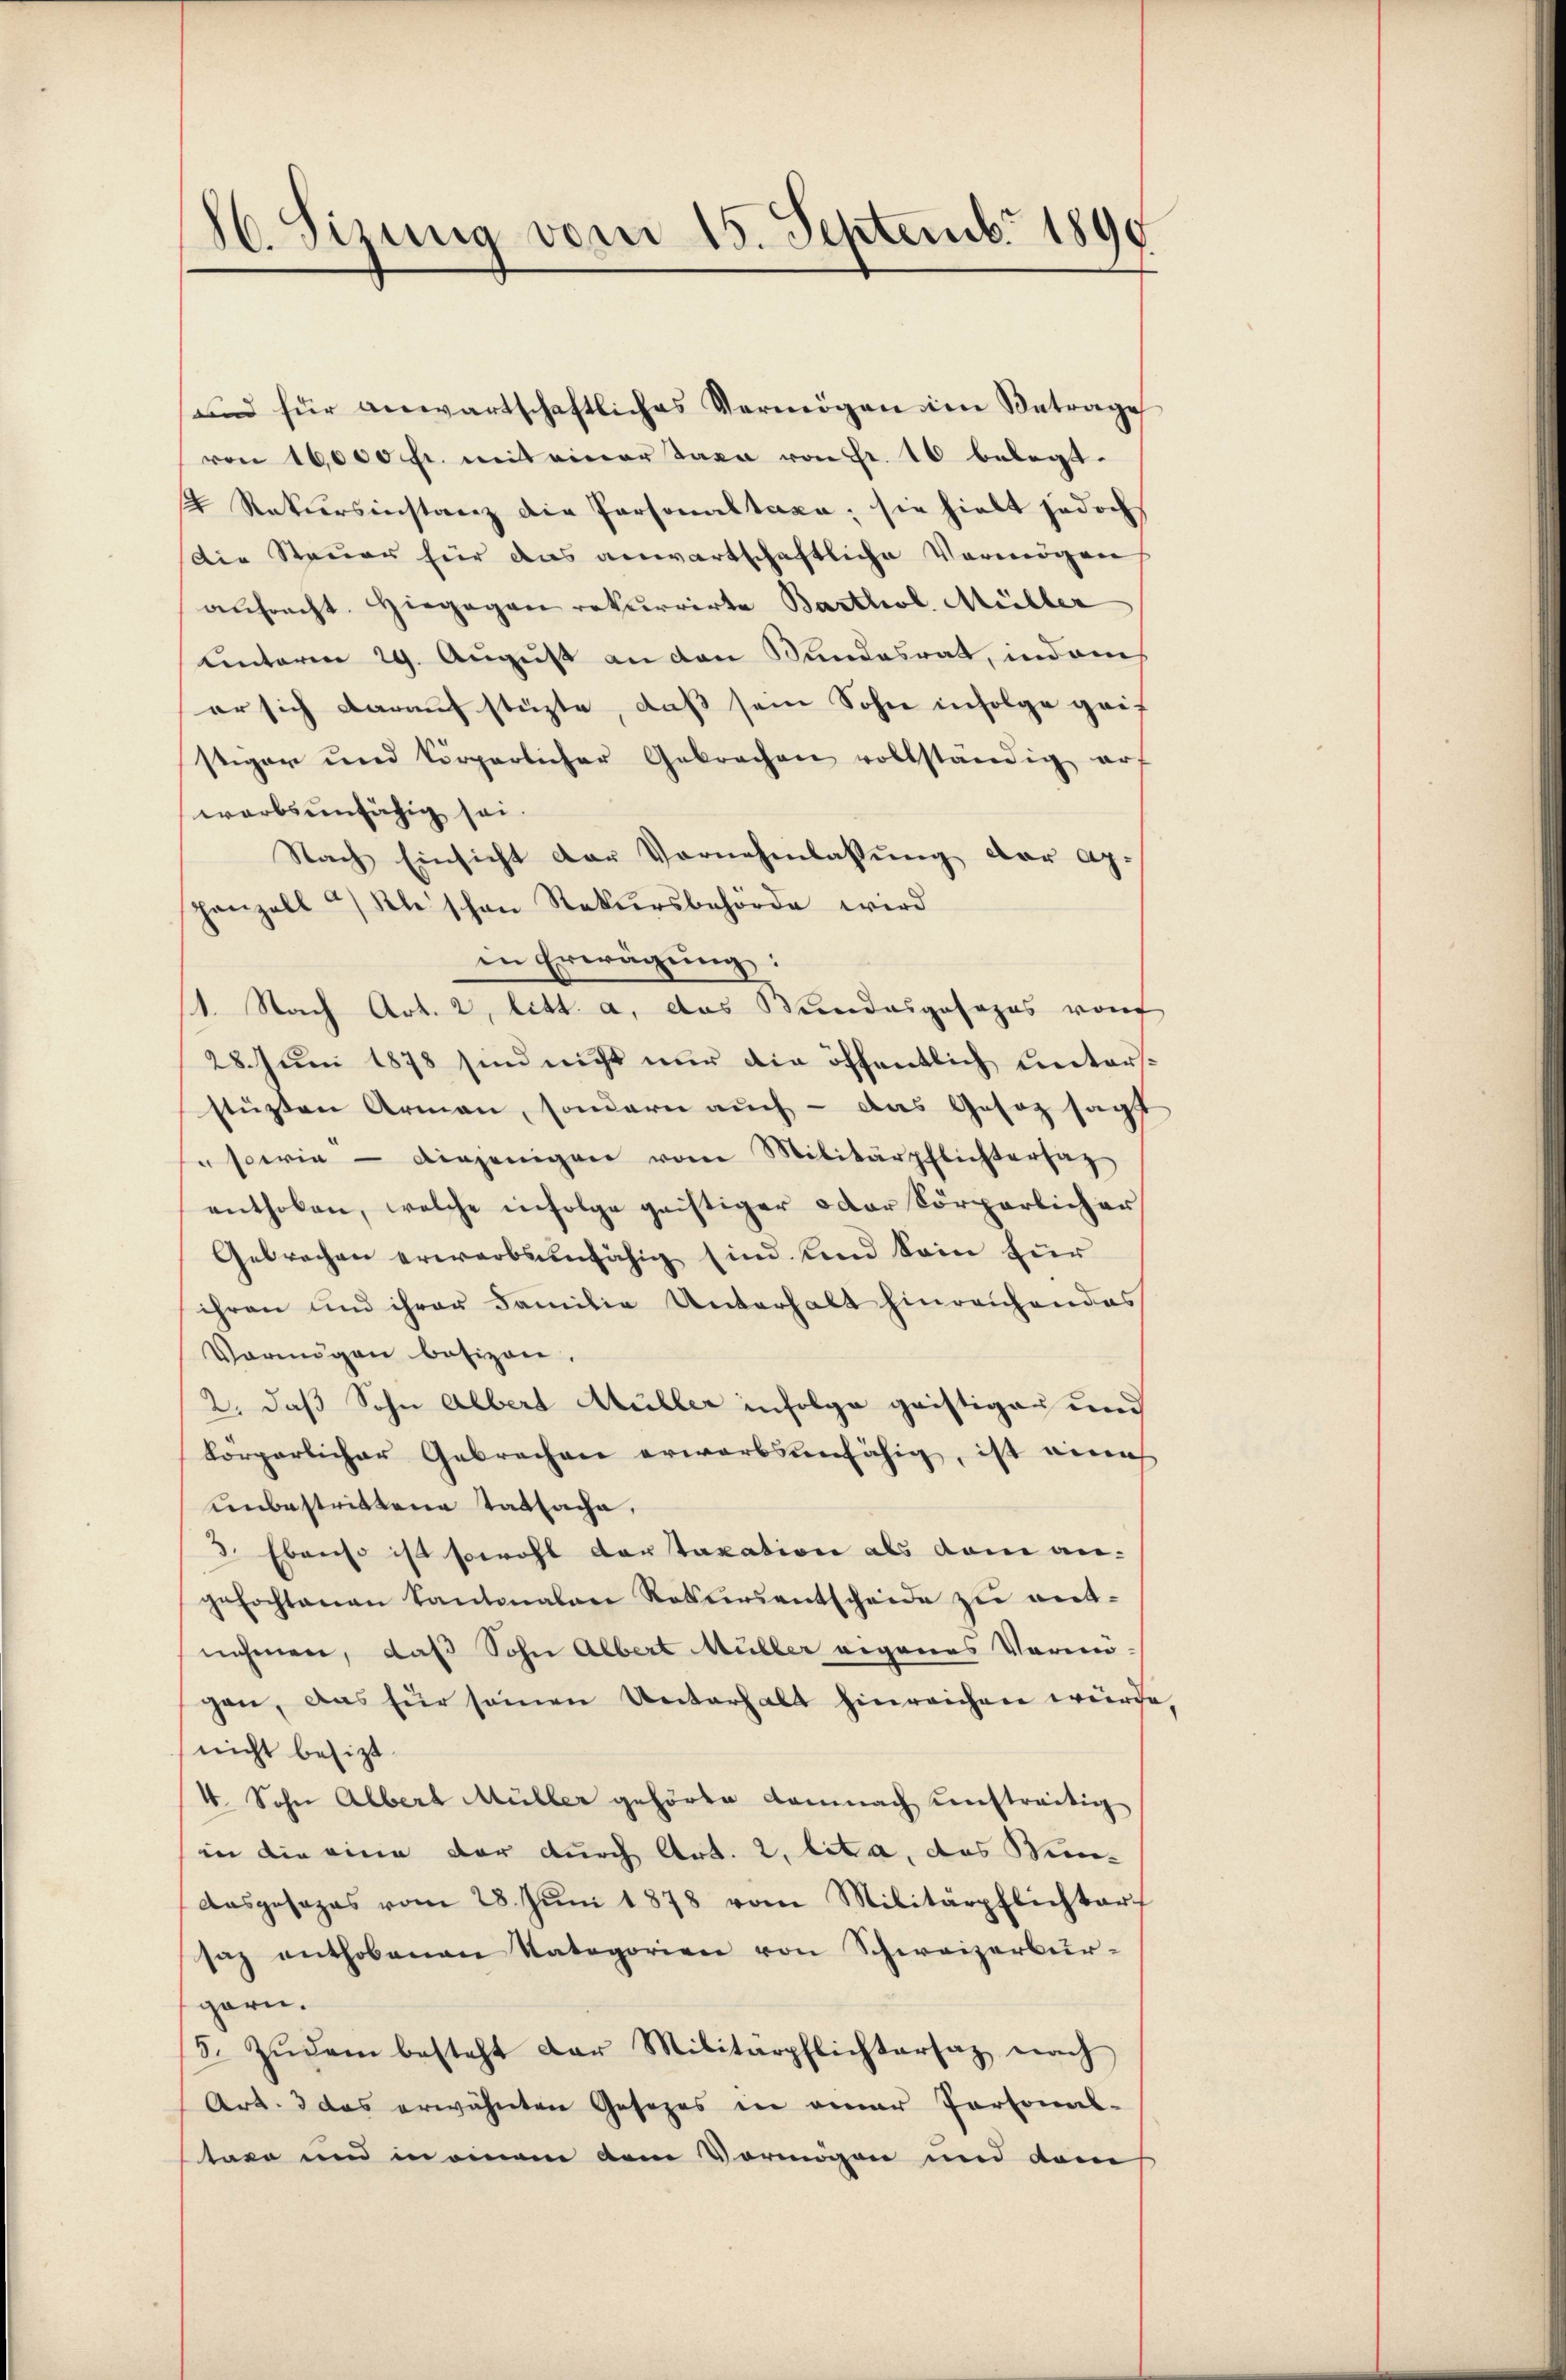
86. Sizung vom 15. Septembr 1890

und für anwartschaftliches Vermögen im Betrage
von 16,000 fr. mit einer Taxa von Fr. 10 belegt.
2 Rekursinstanz die Personaltaxa; sie hielt jedoch
Die Steuer für das anwartschaftliche Vermögen
anfracht. Hiegegen rekurrirte Barthol. Müller
unterm 29. August an den Sundesrath, indems
er sich darauf stüzte, daß sein Sohn infolge geif
stiger und körperlicher Gebrachen vollständig auf
warbsunfähig sei.
Nach Einsicht der Vornehmlassung der ag.
panzell u Kleischen Rekursbehörde wird
in Erwägung:
1. Nach Art. 2, litt. a, das Bundesgesezes von
28. Juni 1878 sind nicht nur die öffentlich unterstüzten Armen, sondern auch - das Gesez sagt
" sowie diejenigen vom Militärpflichtersaz
enthoben, welche infolge geistiger oder körperlicher
Gebrachen erwerbsunfähig sind und Sein für
ihren und ihrer Familie Unterhalt hinreichendes
Vermögen besizen.
2. daß Sohn Albert Müller infolge geistiger und
körperlicher Gebrachen erwarbsunfähig, ist eine
unbestrittene Tatsache,
3. Ebenso ist sowohl der Taxation als dem angefochtanen Kantonalen Rekursentscheide zŭ ent-
nehmen, daß Sohn Albert Müller eigenes Vermö-
gen, das für seinen Unterhalt hinreichen würde
nicht besizt
V. Sohn Albert Müller gehörte damnach unstreitig
in die eine der durch Art. 2, lit. a, das Win¬
Ausgesages vom 28. Jŭni 1878 vom Militärpflichtart
sich enthobenen Kategorien von Schweizerbür-
garn.
5. Zŭdem besteht der Militärpflichtersaz nach
Art. 3 das erwähnten Gesezes in einer Personal-
tare und in einem dem Vermögen und dem